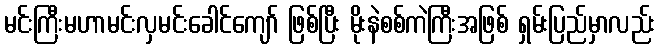
မင်းကြီးမဟာမင်းလှမင်းခေါင်ကျော် ဖြစ်ပြီး မိုးနဲစစ်ကဲကြီးအဖြစ် ရှမ်းပြည်မှာလည်း